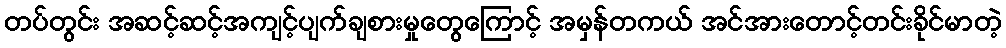
တပ်တွင်း အဆင့်ဆင့်အကျင့်ပျက်ချစားမှုတွေကြောင့် အမှန်တကယ် အင်အားတောင့်တင်းခိုင်မာတဲ့